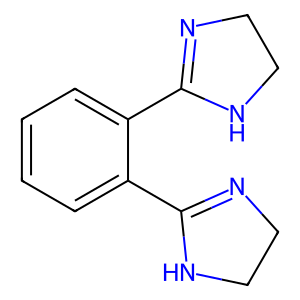
SMILES: c1ccc(C2=NCCN2)c(C2=NCCN2)c1
Inhibits HIV replication: No